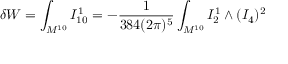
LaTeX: \delta W = \int _ { M ^ { 1 0 } } I _ { 1 0 } ^ { 1 } = - \frac { 1 } { 3 8 4 ( 2 \pi ) ^ { 5 } } \int _ { M ^ { 1 0 } } I _ { 2 } ^ { 1 } \wedge ( I _ { 4 } ) ^ { 2 }